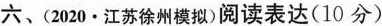
六、(2020 · 江苏徐州模拟)阅读表达(10分)